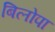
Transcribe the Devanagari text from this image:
बिलोपा